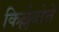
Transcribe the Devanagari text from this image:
किल्लेबोत्ते